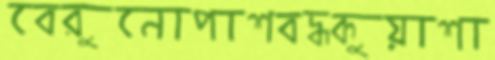
বেরুনোপাশবদ্ধকুয়াশা